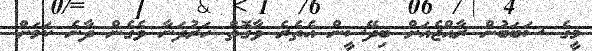
މީގެ ސަބަބުން ރާއްޖެއަށް ބިދޭސީން އެތެރެ ވާގޮތް ހަރުދަނާ ވެގެން ދާނެ ކަމަށް